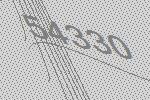
54330